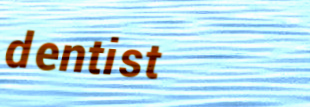
dentist